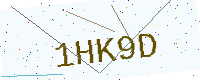
Text: 1HK9D